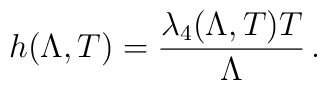
h(\Lambda,T) = \frac{\lambda_4(\Lambda,T) T}{\Lambda}\,.